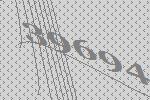
39694